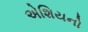
એશિયનો